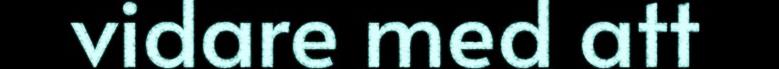
vidare med att